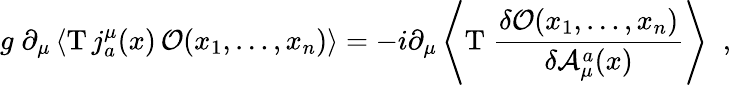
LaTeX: g\; \partial_{\mu}\left\langle\mathrm{T}\, j_{a}^{\mu}(x)\, {\cal O}(x_{1},\ldots,x_{n})\right\rangle=-i\partial_{\mu}\left\langle\mathrm{T}\; {\frac{\delta{\cal O}(x_{1},\ldots,x_{n})}{\delta{\cal A}_{\mu}^{a}(x)}}\right\rangle\; \; ,